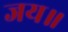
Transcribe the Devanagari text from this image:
जय॥